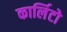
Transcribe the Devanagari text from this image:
कार्लिटो